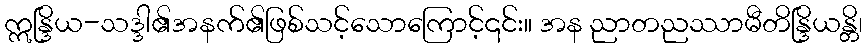
ဣန္ဒြိယ-သဒ္ဒါ၏အနက်၏ဖြစ်သင့်သောကြောင့်၎င်း။ အန ညာတညဿာမီတိန္ဒြိယန္တိ၊